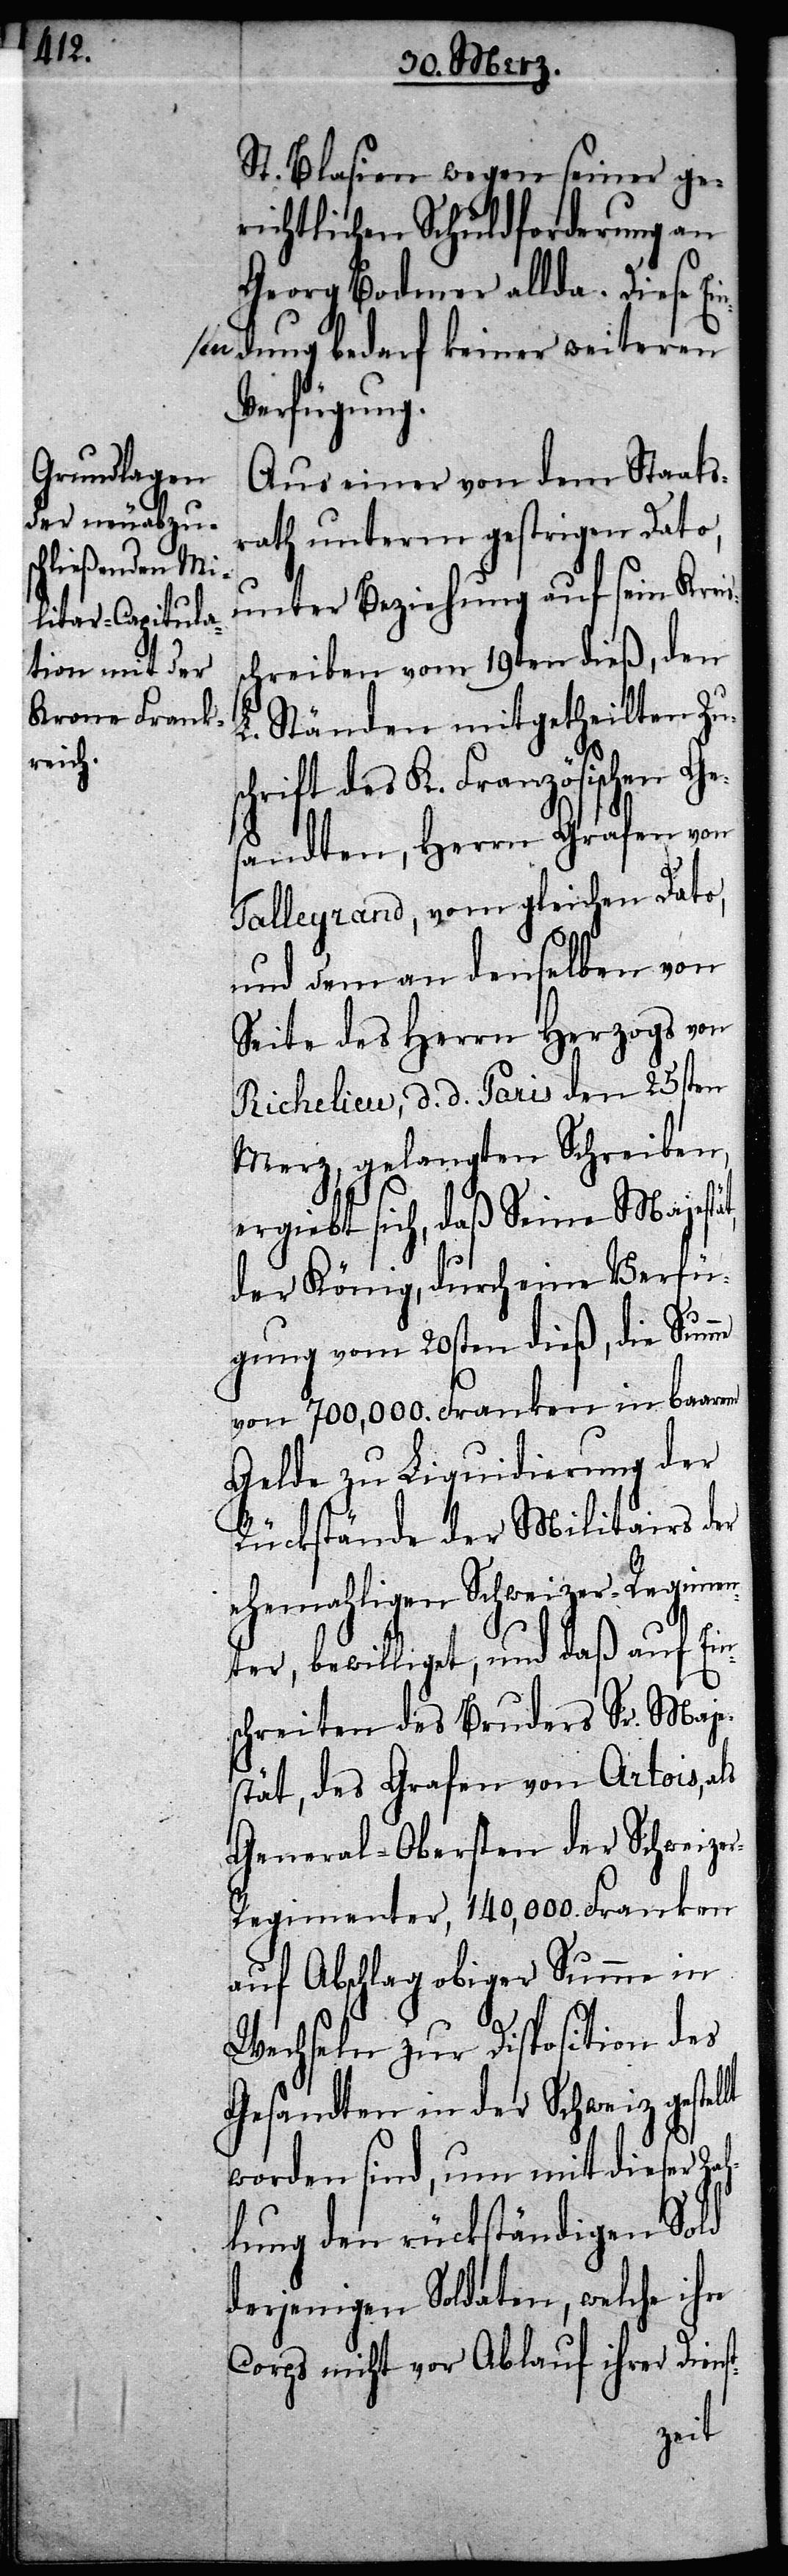
St. Blasien wegen seiner ge¬
richtlichen Schuldforderung an
Georg Bodmer allda. Diese E¬
n-adung bedarf keiner weiteren
Verfügung.
Aus einer von dem Staats¬
rath unterm gestrigen Dato,
ina-se¬
unter Beziehung auf sein Krei¬
chreiben vom 19ten dieß, den
L. Ständen mitgetheilten Zu¬
schrift des K. Französischen Ge¬
sandten, Herrn Grafen von
Talleyrand, vom gleichen Dato,
und dem an denselben von
Seite des Herrn Herzogs von
Richelieu, d. d. Paris den 25sten
Merz, gelangten Schreiben,
ergiebt sich, daß Seine Majestät,
der König, durch eine Verfü¬
gung vom 20sten dieß, die Summe
von 700,000. Franken in baarem
Gelde zu liquidierung der
Rückstände der Militairs der
ehemahligen Schweizer-Regimen¬
ter, bewilliget, und daß auf Ein¬
schreiten des Bruders Sr. Maje¬
stät, des Grafen von Artois, als
General-Obersten der Schweize¬
r-Regimenter, 140,000. Franken
auf Abschlag obiger Summe in
Wechseln zur Disposition des
Gesandten in der Schweiz gest¬
worden sind, um mit dieser Zah¬
lung den rückständigen Sold
derjenigen Soldaten, welche ihn
Corps nicht vor Ablauf ihrer Dien¬
st-